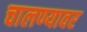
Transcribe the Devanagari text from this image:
चालण्यावर